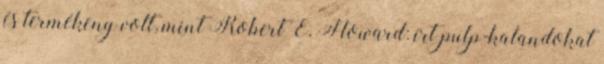
és termékeny volt, mint Robert E. Howard: írt pulp-kalandokat